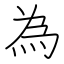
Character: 為